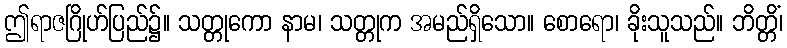
ဤရာဇဂြိုဟ်ပြည်၌။ သတ္တုကော နာမ၊ သတ္တုက အမည်ရှိသော။ စောရော၊ ခိုးသူသည်။ ဘိတ္တိံ၊